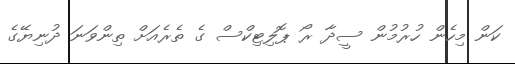
ކަން މިހެން ހުރުމުން ސީދާ ރޯ ޕޮލިޓިކްސް ގެ ތެރެއަށް ތިންވަނަ ދުނިޔޭގެ